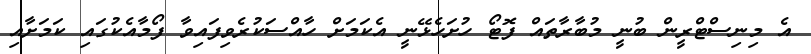
އެ މިނިސްޓްރީން ބުނީ މުބާރާތައް ފޮޓޯ ހުށަހެޅޭނީ އެކަމަށް ހާއްސަކުރެވިފައިވާ ފޯމާއެކުގައި ކަމަށާއި